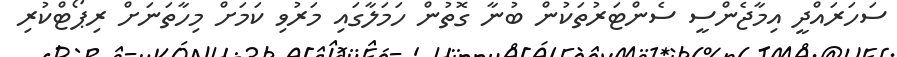
ސަހަރައްދީ އިމާޖެންސީ ސެންޓަރުތަކުން ބުނާ ގޮތުން ހަމަލާގައި މަރުވި ކަމަށް މިހާތަނަށް ރިޕޯޓްކުރި